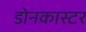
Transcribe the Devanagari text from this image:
डोनकास्टर